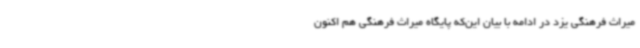
میراث فرهنگی یزد در ادامه با بیان این‌که پایگاه میراث فرهنگی هم اکنون